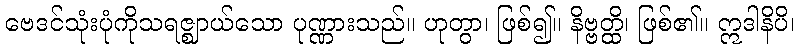
ဗေဒင်သုံးပုံကိုသရဇ္ဈာယ်သော ပုဏ္ဏားသည်။ ဟုတွာ၊ ဖြစ်၍။ နိဗ္ဗတ္ထိ၊ ဖြစ်၏။ ဣဒါနိပိ၊